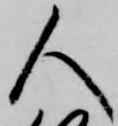
人